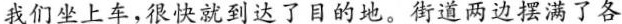
我们坐上车，很快就到达了目的地。街道两边摆满了各